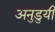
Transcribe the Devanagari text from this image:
अनुडुयी